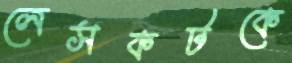
লেসকটকে